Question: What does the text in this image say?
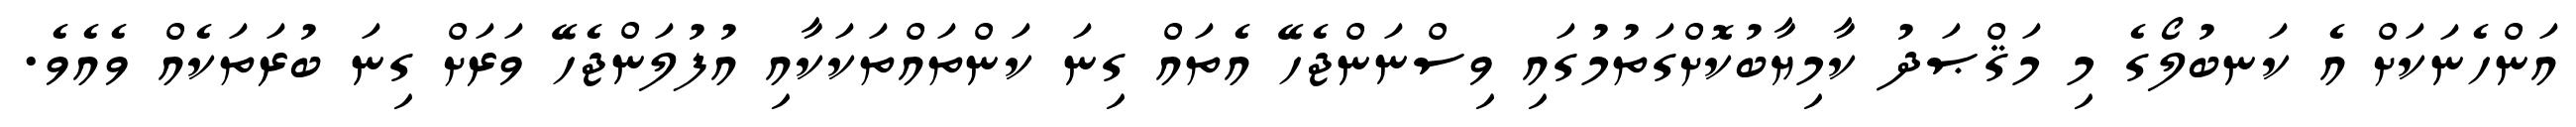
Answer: އަންހެނަކަށް އެ ކަނބުލޯގެ މި މަޤްޞަދު ކާމިޔާބުކޮށްގަތުމުގައި ވިސްނަންޖެހޭ އެތައް ގިނަ ކަންތައްތަކަކާއި އުފުލަންޖެހޭ ވަރަށް ގިނަ ބުރަތަކެއް ވެއެވެ.